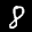
Label: 8